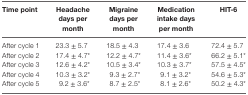
| Time point | Headache days per month | Migraine days per month | Medication intake days per month | HIT-6 |
 | --- | --- | --- | --- | --- |
 | After cycle 1 | 23.3 ± 5.7 | 18.5 ± 4.3 | 17.4 ± 3.6 | 72.4 ± 5.7 |
 | After cycle 2 | 17.4 ± 4.7* | 12.2 ± 4.7* | 11.4 ± 3.6* | 66.2 ± 5.1* |
 | After cycle 3 | 12.6 ± 4.2* | 10.5 ± 3.4* | 10.3 ± 3.7* | 57.5 ± 4.5* |
 | After cycle 4 | 10.3 ± 3.2* | 9.3 ± 2.7* | 9.1 ± 3.2* | 54.6 ± 5.3* |
 | After cycle 5 | 9.2 ± 3.6* | 8.7 ± 2.5* | 8.1 ± 2.6* | 50.2 ± 4.3* |